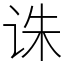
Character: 诛